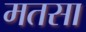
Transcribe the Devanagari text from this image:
मतसा